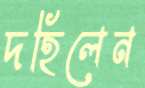
দহিলেন